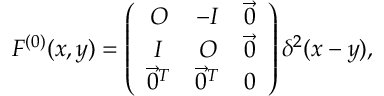
F ^ { ( 0 ) } ( x , y ) = \left( \begin{array} { c c c } { { O } } & { { - I } } & { { \vec { 0 } } } \\ { { I } } & { { O } } & { { \vec { 0 } } } \\ { { \vec { 0 } ^ { T } } } & { { \vec { 0 } ^ { T } } } & { { 0 } } \end{array} \right) \delta ^ { 2 } ( x - y ) ,